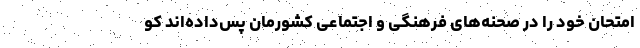
امتحان خود را در صحنه‌های فرهنگی و اجتماعی کشورمان پس‌داده‌اند کو